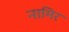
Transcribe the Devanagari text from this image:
नामिर